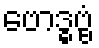
ဗောဒ္ဓဗ္ဗံ